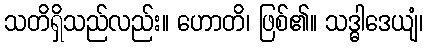
သတိရှိသည်လည်း။ ဟောတိ၊ ဖြစ်၏။ သဒ္ဓါဒေယျံ၊